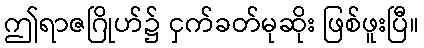
ဤရာဇဂြိုဟ်၌ ငှက်ခတ်မုဆိုး ဖြစ်ဖူးပြီ။